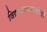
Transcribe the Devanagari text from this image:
विद्यावाचस्पतीची